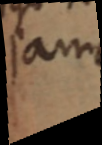
jam